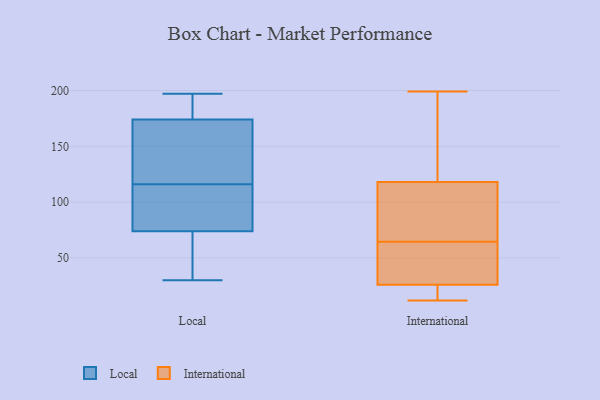
{"axis": {"x": "LTV (USD)", "y": "Value"}, "legend": ["International", "Local"], "data": [{"x": "", "y": 45, "type": "Local"}, {"x": "", "y": 118, "type": "Local"}, {"x": "", "y": 129, "type": "Local"}, {"x": "", "y": 52, "type": "Local"}, {"x": "", "y": 175, "type": "Local"}, {"x": "", "y": 189, "type": "Local"}, {"x": "", "y": 174, "type": "Local"}, {"x": "", "y": 196, "type": "Local"}, {"x": "", "y": 60, "type": "Local"}, {"x": "", "y": 104, "type": "Local"}, {"x": "", "y": 148, "type": "Local"}, {"x": "", "y": 74, "type": "Local"}, {"x": "", "y": 30, "type": "Local"}, {"x": "", "y": 197, "type": "Local"}, {"x": "", "y": 117, "type": "Local"}, {"x": "", "y": 95, "type": "Local"}, {"x": "", "y": 94, "type": "Local"}, {"x": "", "y": 115, "type": "Local"}, {"x": "", "y": 198, "type": "International"}, {"x": "", "y": 77, "type": "International"}, {"x": "", "y": 19, "type": "International"}, {"x": "", "y": 12, "type": "International"}, {"x": "", "y": 66, "type": "International"}, {"x": "", "y": 118, "type": "International"}, {"x": "", "y": 63, "type": "International"}, {"x": "", "y": 199, "type": "International"}, {"x": "", "y": 26, "type": "International"}, {"x": "", "y": 39, "type": "International"}]}